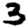
Digit: 3